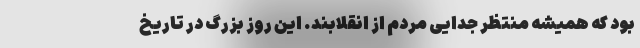
بود که همیشه منتظر جدایی مردم از انقلابند. این روز بزرگ در تاریخ